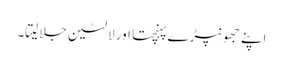
اپنے جھونپڑے پہنچتا اور لالٹین جلا لیتا۔